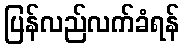
ပြန်လည်လက်ခံရန်